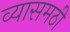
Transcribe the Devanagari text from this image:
व्यासमठी